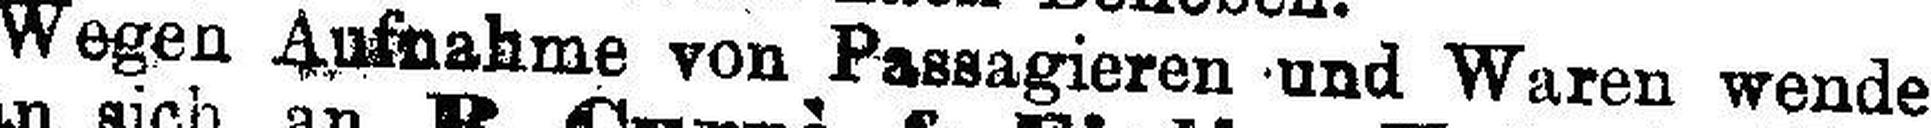
Wegen Aufnahme von Passagieren und Waren wende